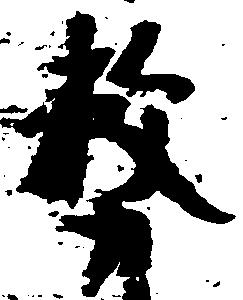
務